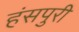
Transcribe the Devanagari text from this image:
हंसपुरी